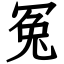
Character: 冤